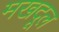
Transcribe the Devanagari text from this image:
मखदूल